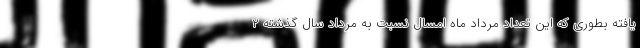
یافته بطوری که این تعداد مرداد ماه امسال نسبت به مرداد سال گذشته ۲